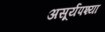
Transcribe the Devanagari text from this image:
असूर्यपश्या